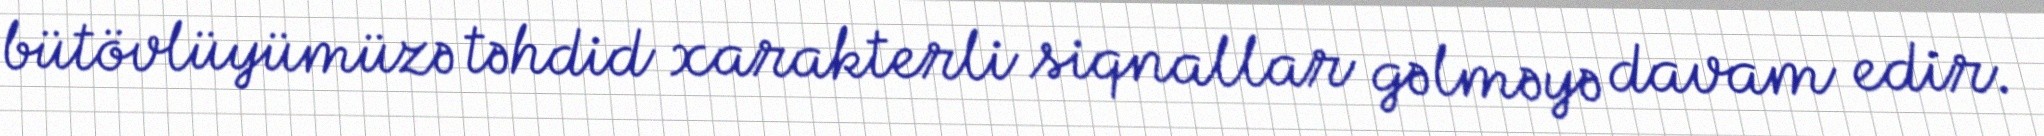
bütövlüyümüzə təhdid xarakterli siqnallar gəlməyə davam edir.